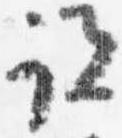
説